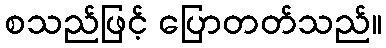
စသည်ဖြင့် ပြောတတ်သည်။